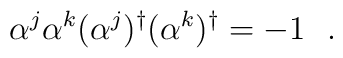
\alpha^j\alpha^k(\alpha^j)^{\dagger}(\alpha^k)^{\dagger}=-1~~.